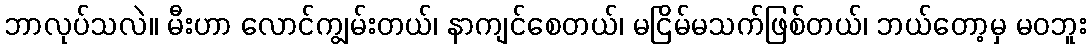
ဘာလုပ်သလဲ။ မီးဟာ လောင်ကျွမ်းတယ်၊ နာကျင်စေတယ်၊ မငြိမ်မသက်ဖြစ်တယ်၊ ဘယ်တော့မှ မဝဘူး